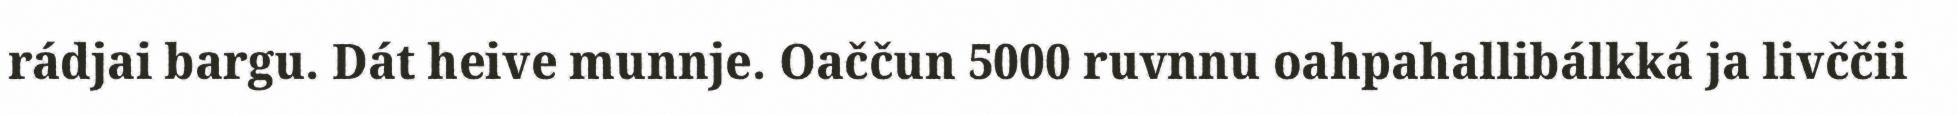
rádjai bargu. Dát heive munnje. Oaččun 5000 ruvnnu oahpahallibálkká ja livččii